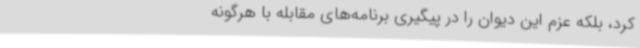
کرد، بلکه عزم این دیوان را در پیگیری برنامه‌های مقابله با هرگونه